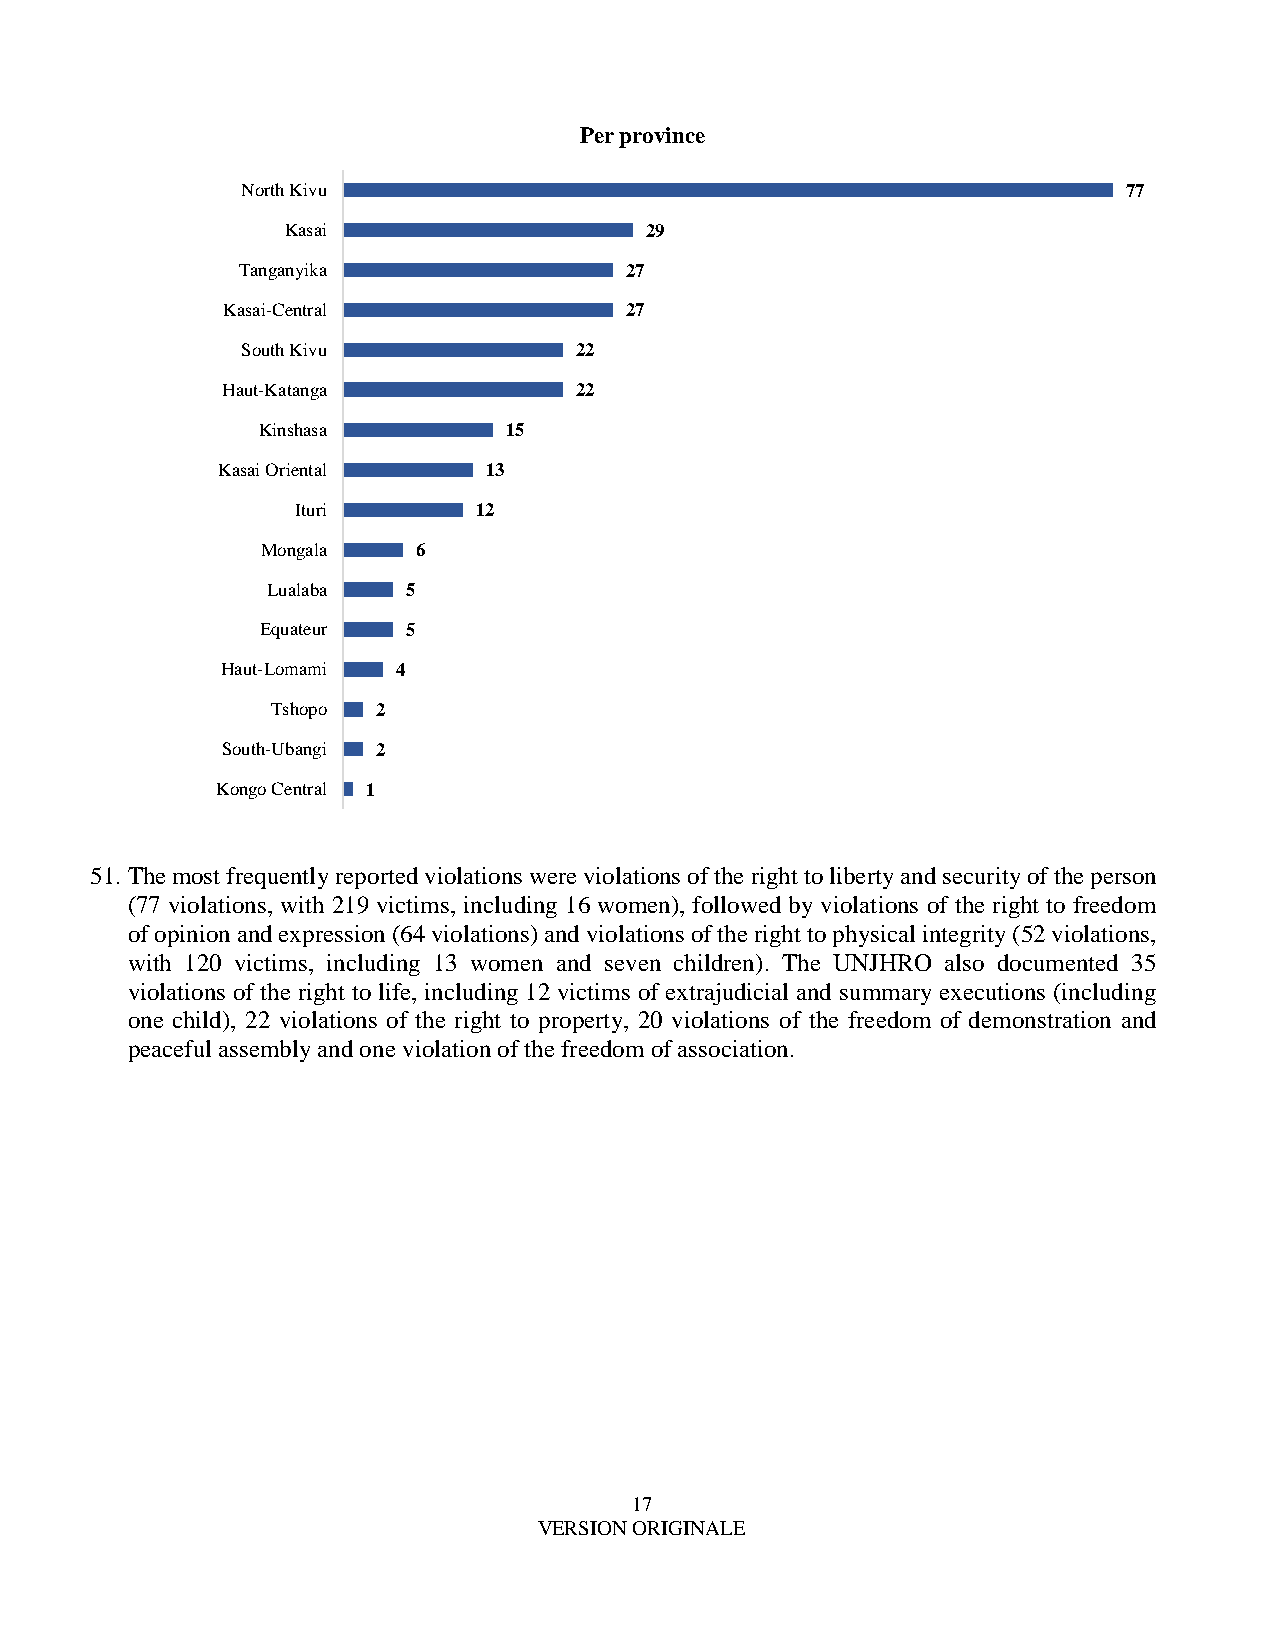
Per province
 North Kivu                                                 77
 Kasai                   29
 Tanganyika               27
 Kasai-Central             27
 South Kivu            22
 Haut-Katanga           22
 Kinshasa        15
 Kasai Oriental    13
 Ituri      12
 Mongala    6
 Lualaba  5
 Equateur  5
 Haut-Lomami 4
 Tshopo 2
 South-Ubangi 2
 Kongo Central 1
 51. The most frequently reported violations were violations of the right to liberty and security of the person
 (77 violations, with 219 victims, including 16 women), followed by violations of the right to freedom
 of opinion and expression (64 violations) and violations of the right to physical integrity (52 violations,
 with 120 victims, including 13 women and seven children). The UNJHRO also documented 35
 violations of the right to life, including 12 victims of extrajudicial and summary executions (including
 one child), 22 violations of the right to property, 20 violations of the freedom of demonstration and
 peaceful assembly and one violation of the freedom of association.
 17
 VERSION ORIGINALE